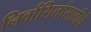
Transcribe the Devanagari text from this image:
निर्वासितांसाठीचे